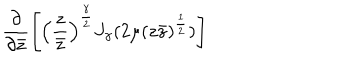
LaTeX: \left. \frac { \partial } { \partial \bar { z } } \left[ \left( \frac { z } { \bar { z } } \right) ^ { \frac { \gamma } { 2 } } J _ { \gamma } ( 2 \mu ( z \bar { z } ) ^ { \frac { 1 } { 2 } } ) \right] \right.